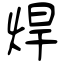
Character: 焊